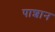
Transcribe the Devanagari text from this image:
पाशान